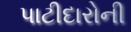
પાટીદારોની